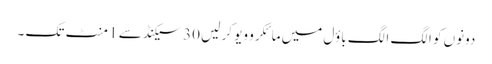
دونوں کو الگ الگ باؤل میں مائکرو ویو کر لیں 30 سیکنڈ سے 1 منٹ تک ۔